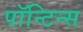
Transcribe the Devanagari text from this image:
पॉन्टिन्स